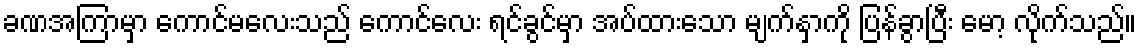
ခဏအကြာမှာ ကောင်မလေးသည် ကောင်လေး ရင်ခွင်မှာ အပ်ထားသော မျက်နှာကို ပြန်ခွာပြီး မော့ လိုက်သည်။